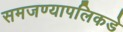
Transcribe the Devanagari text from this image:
समजण्यापलिकडे